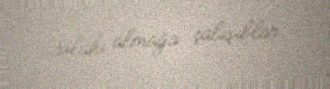
silahı almağa çalışıblar.